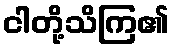
ငါတို့သိကြ၏